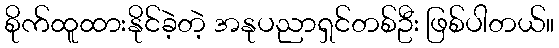
စိုက်ထူထားနိုင်ခဲ့တဲ့ အနုပညာရှင်တစ်ဦး ဖြစ်ပါတယ်။